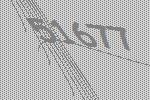
51677